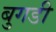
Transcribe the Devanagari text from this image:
बुगडी